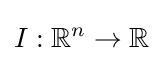
I:\mathbb {R} ^{n}\rightarrow \mathbb {R}